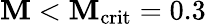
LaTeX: \mathbf{M}<\mathbf{M}_{\mathrm{{crit}}}=0.3